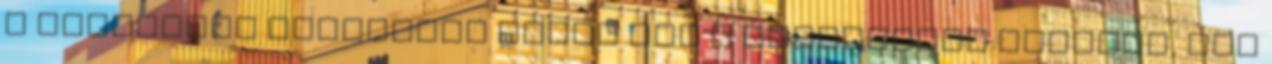
a népnyelvű zsolozsma tehát nem a breviárium pótlása, nem